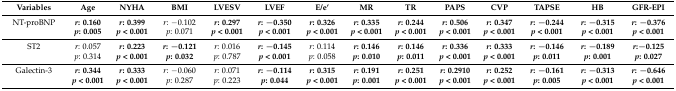
<table><thead><tr><td><b>Variables</b></td><td><b>Age</b></td><td><b>NYHA</b></td><td><b>BMI</b></td><td><b>LVESV</b></td><td><b>LVEF</b></td><td><b>E/e’</b></td><td><b>MR</b></td><td><b>TR</b></td><td><b>PAPS</b></td><td><b>CVP</b></td><td><b>TAPSE</b></td><td><b>HB</b></td><td><b>GFR-EPI</b></td></tr></thead><tbody><tr><td>NT-proBNP</td><td><b><i>r</i>: 0.160</b></td><td><b><i>r</i>: 0.399</b></td><td><i>r</i>: −0.102</td><td><b><i>r</i>: 0.297</b></td><td><b><i>r</i>: −0.350</b></td><td><b><i>r</i>: 0.326</b></td><td><b><i>r</i>: 0.335</b></td><td><b><i>r</i>: 0.244</b></td><td><b><i>r</i>: 0.506</b></td><td><b><i>r</i>: 0.347</b></td><td><b><i>r</i>: −0.244</b></td><td><b><i>r</i>: −0.315</b></td><td><b><i>r</i>: −0.376</b></td></tr><tr><td></td><td><b><i>p</i>: 0.005</b></td><td><b><i>p &lt;</i> 0.001</b></td><td><i>p</i>: 0.071</td><td><b><i>p &lt;</i> 0.001</b></td><td><b><i>p &lt;</i> 0.001</b></td><td><b><i>p &lt;</i> 0.001</b></td><td><b><i>p &lt;</i> 0.001</b></td><td><b><i>p &lt;</i> 0.001</b></td><td><b><i>p &lt;</i> 0.001</b></td><td><b><i>p &lt;</i> 0.001</b></td><td><b><i>p &lt;</i> 0.001</b></td><td><b><i>p &lt;</i> 0.001</b></td><td><b><i>p &lt;</i> 0.001</b></td></tr><tr><td>ST2</td><td><i>r</i>: 0.057</td><td><b><i>r</i>: 0.223</b></td><td><b><i>r</i>: −0.121</b></td><td><i>r</i>: 0.016</td><td><b><i>r</i>: −0.145</b></td><td><i>r</i>: 0.114</td><td><b><i>r</i>: 0.146</b></td><td><b><i>r</i>: 0.146</b></td><td><b><i>r</i>: 0.336</b></td><td><b><i>r</i>: 0.333</b></td><td><b><i>r</i>: −0.146</b></td><td><b><i>r</i>: −0.189</b></td><td><b><i>r</i>:−0.125</b></td></tr><tr><td></td><td><i>p</i>: 0.314</td><td><b><i>p &lt;</i> 0.001</b></td><td><b><i>p</i>: 0.032</b></td><td><i>p</i>: 0.787</td><td><b><i>p &lt;</i> 0.001</b></td><td><i>p</i>: 0.058</td><td><b><i>p</i>: 0.010</b></td><td><b><i>p</i>: 0.011</b></td><td><b><i>p &lt;</i> 0.001</b></td><td><b><i>p &lt;</i> 0.001</b></td><td><b><i>p</i>: 0.011</b></td><td><b><i>p</i>: 0.001</b></td><td><b><i>p</i>: 0.027</b></td></tr><tr><td>Galectin-3</td><td><b><i>r</i>: 0.344</b></td><td><b><i>r</i>: 0.333</b></td><td><i>r</i>: −0.060</td><td><i>r</i>: 0.071</td><td><b><i>r</i>: −0.114</b></td><td><b><i>r</i>: 0.315</b></td><td><b><i>r</i>: 0.191</b></td><td><b><i>r</i>: 0.251</b></td><td><b><i>r</i>: 0.2910</b></td><td><b><i>r</i>: 0.252</b></td><td><b><i>r</i>: −0.161</b></td><td><b><i>r</i>: −0.313</b></td><td><b><i>r</i>: −0.646</b></td></tr><tr><td></td><td><b><i>p &lt;</i> 0.001</b></td><td><b><i>p &lt;</i> 0.001</b></td><td><i>p</i>: 0.287</td><td><i>p</i>: 0.223</td><td><b><i>p</i>: 0.044</b></td><td><b><i>p &lt;</i> 0.001</b></td><td><b><i>p</i>: 0.001</b></td><td><b><i>p &lt;</i> 0.001</b></td><td><b><i>p &lt;</i> 0.001</b></td><td><b><i>p &lt;</i> 0.001</b></td><td><b><i>p</i>: 0.005</b></td><td><b><i>p &lt;</i> 0.001</b></td><td><b><i>p &lt;</i> 0.001</b></td></tr></tbody></table>